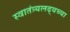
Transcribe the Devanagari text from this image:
स्वातंत्र्यलढ्यच्या